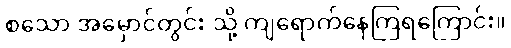
စသော အမှောင်တွင်း သို့ ကျရောက်နေကြရကြောင်း။